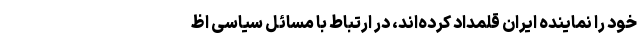
خود را نماینده ایران قلمداد کرده‌اند، در ارتباط با مسائل سیاسی اظ